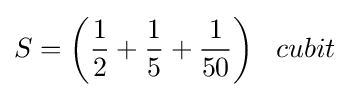
S={\bigg (}{\frac {1}{2}}+{\frac {1}{5}}+{\frac {1}{50}}{\bigg )}\;\;\;cubit